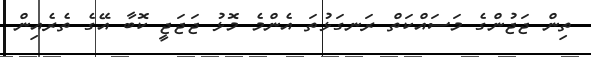
ތިން ޖަޖުންގެ މަސައްކަތް ރަނގަޅުތަ އެންމެ މޮޅު ޖަޖަޖީ ކޮބާ އޭގެ ތެރެއިން